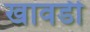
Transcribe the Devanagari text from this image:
खावडी